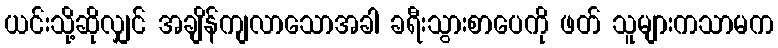
ယင်းသို့ဆိုလျှင် အချိန်ကျလာသောအခါ ခရီးသွားစာပေကို ဖတ် သူများကသာမက